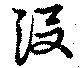
没